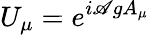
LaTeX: U_{\mu}=e^{i\mathscr{A}gA_{\mu}}